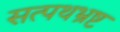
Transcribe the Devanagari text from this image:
सत्पथभ्रष्ट